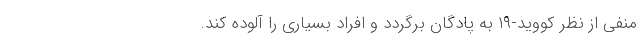
منفی از نظر کووید-۱۹ به پادگان برگردد و افراد بسیاری را آلوده کند.